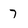
Character: 7